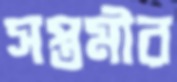
সপ্তমীর